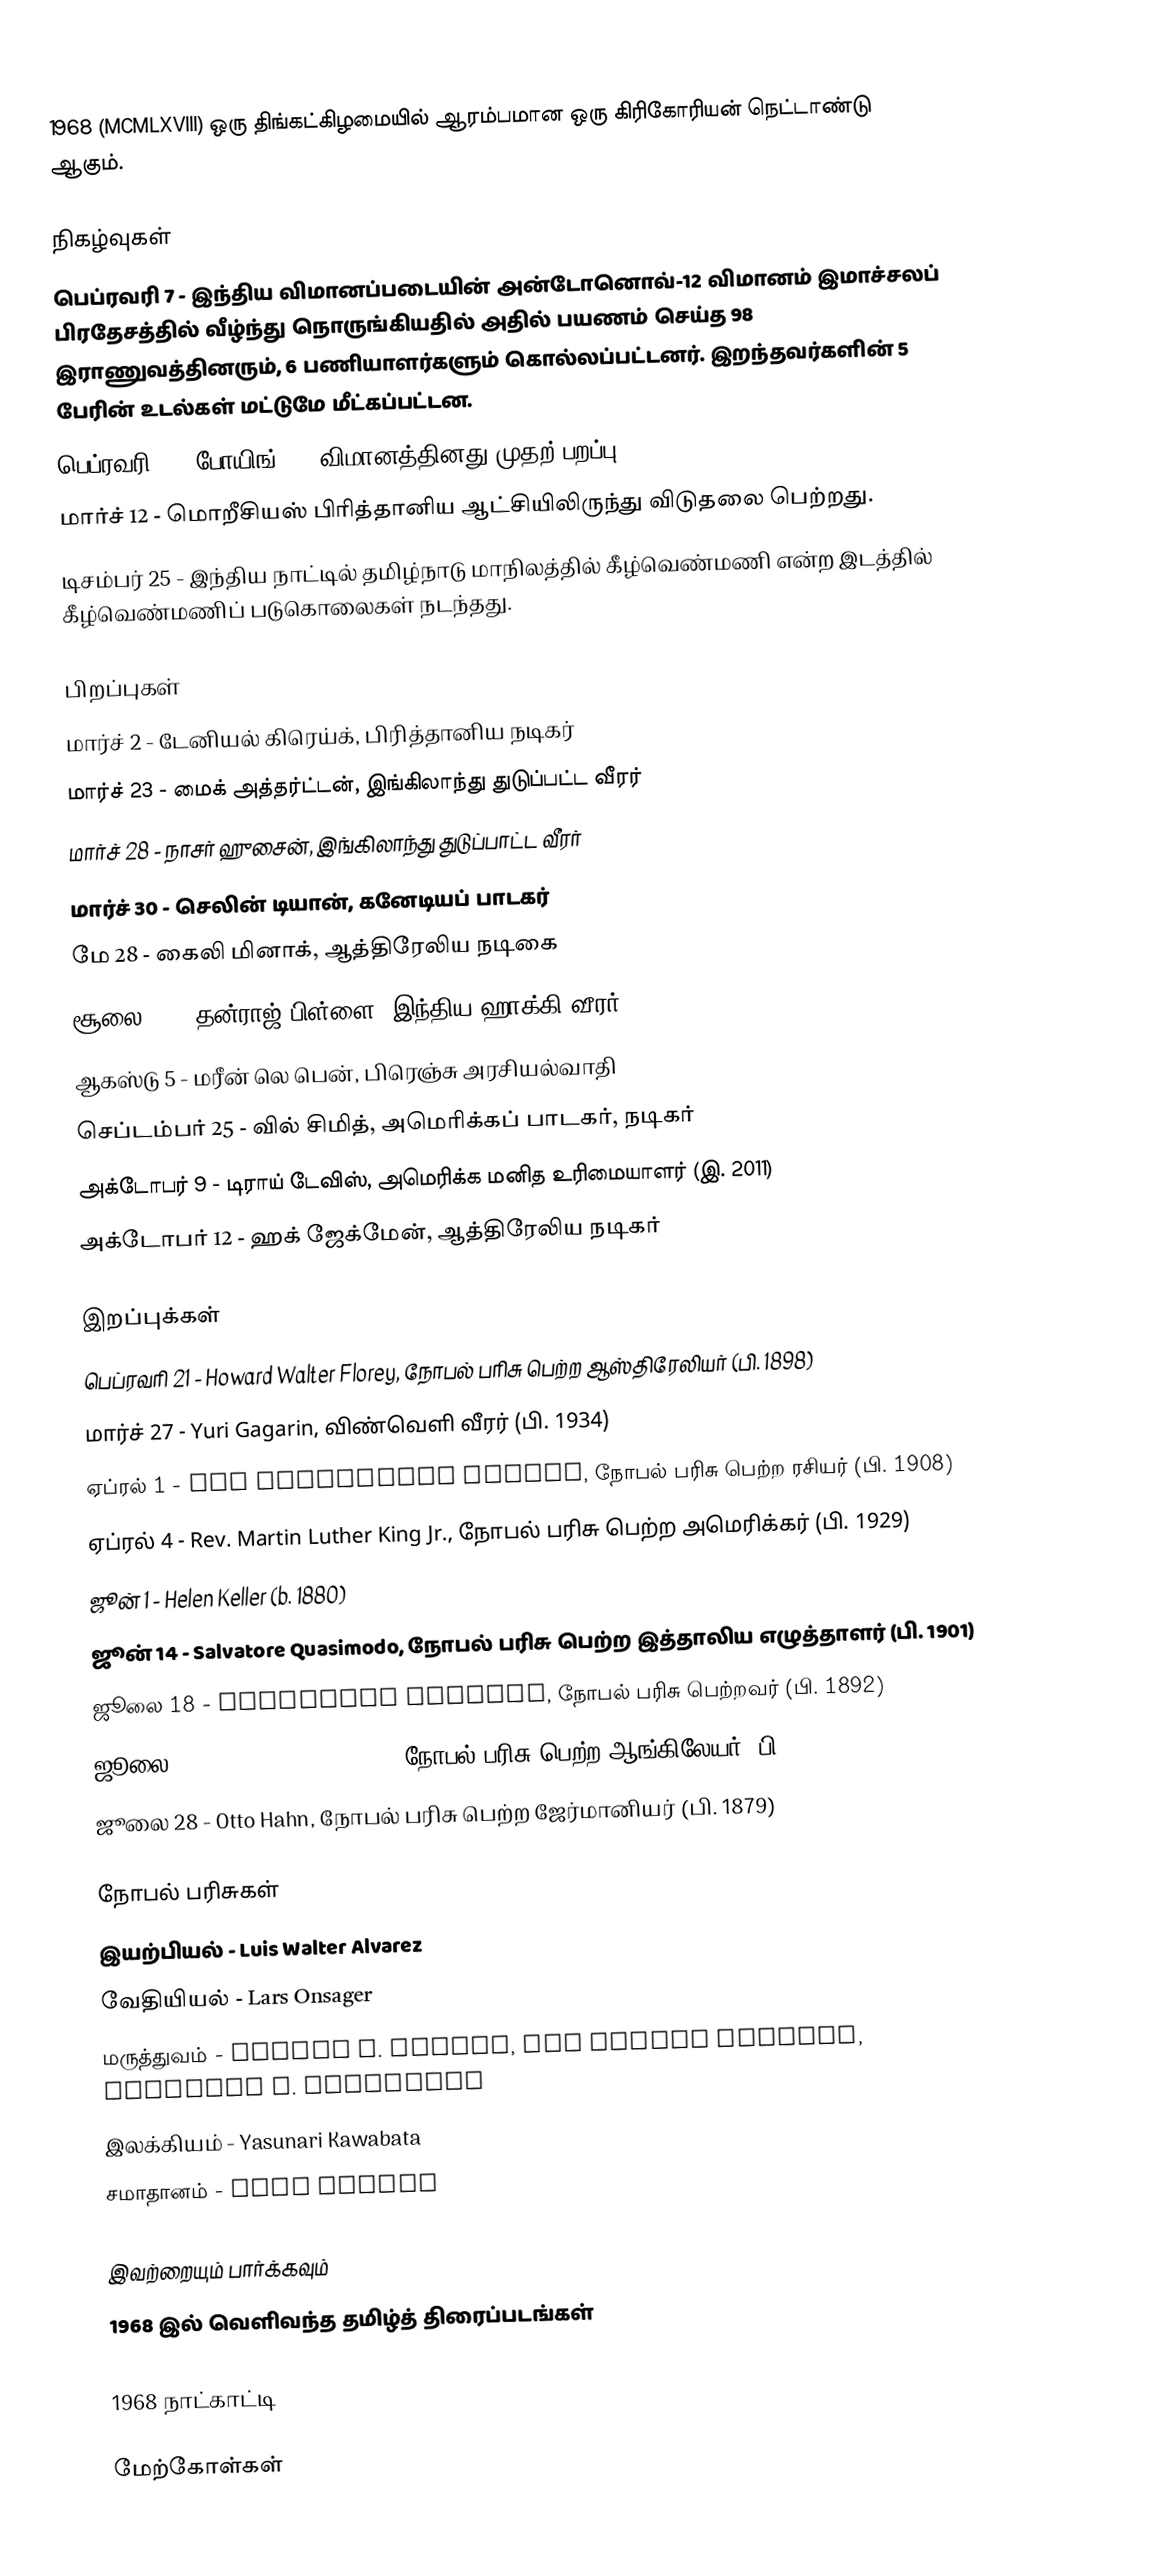
1968  (MCMLXVIII) ஒரு திங்கட்கிழமையில் ஆரம்பமான ஒரு கிரிகோரியன் நெட்டாண்டு ஆகும்.

நிகழ்வுகள்
 பெப்ரவரி 7 - இந்திய விமானப்படையின் அன்டோனொவ்-12 விமானம் இமாச்சலப் பிரதேசத்தில் வீழ்ந்து நொருங்கியதில் அதில் பயணம் செய்த 98 இராணுவத்தினரும், 6 பணியாளர்களும் கொல்லப்பட்டனர். இறந்தவர்களின் 5 பேரின் உடல்கள் மட்டுமே மீட்கப்பட்டன.
 பெப்ரவரி 8 - போயிங் 747 விமானத்தினது முதற் பறப்பு
 மார்ச் 12 - மொறீசியஸ் பிரித்தானிய ஆட்சியிலிருந்து விடுதலை பெற்றது.
 டிசம்பர் 25 - இந்திய நாட்டில் தமிழ்நாடு மாநிலத்தில் கீழ்வெண்மணி என்ற இடத்தில் கீழ்வெண்மணிப் படுகொலைகள் நடந்தது.

பிறப்புகள்
 மார்ச் 2 - டேனியல் கிரெய்க், பிரித்தானிய நடிகர்
 மார்ச் 23 - மைக் அத்தர்ட்டன், இங்கிலாந்து துடுப்பட்ட வீரர்
 மார்ச் 28 - நாசர் ஹுசைன், இங்கிலாந்து துடுப்பாட்ட வீரர்
 மார்ச் 30 - செலின் டியான், கனேடியப் பாடகர்
 மே 28 - கைலி மினாக், ஆத்திரேலிய நடிகை
 சூலை 16 - தன்ராஜ் பிள்ளை, இந்திய ஹாக்கி வீரர்
 ஆகஸ்டு 5 - மரீன் லெ பென், பிரெஞ்சு அரசியல்வாதி
 செப்டம்பர் 25 - வில் சிமித், அமெரிக்கப் பாடகர், நடிகர்
 அக்டோபர் 9 - டிராய் டேவிஸ், அமெரிக்க மனித உரிமையாளர் (இ. 2011)
 அக்டோபர் 12 - ஹக் ஜேக்மேன், ஆத்திரேலிய நடிகர்

இறப்புக்கள்
 பெப்ரவரி 21 - Howard Walter Florey, நோபல் பரிசு பெற்ற ஆஸ்திரேலியர் (பி. 1898)
 மார்ச் 27 - Yuri Gagarin, விண்வெளி வீரர் (பி. 1934)
 ஏப்ரல் 1 - Lev Davidovich Landau, நோபல் பரிசு பெற்ற ரசியர் (பி. 1908)
 ஏப்ரல் 4 - Rev. Martin Luther King Jr., நோபல் பரிசு பெற்ற அமெரிக்கர் (பி. 1929)
 ஜூன் 1 - Helen Keller (b. 1880)
 ஜூன் 14 - Salvatore Quasimodo, நோபல் பரிசு பெற்ற இத்தாலிய எழுத்தாளர் (பி. 1901)
 ஜூலை 18 - Corneille Heymans, நோபல் பரிசு பெற்றவர் (பி. 1892)
 ஜூலை 23 - Henry Hallett Dale, நோபல் பரிசு பெற்ற ஆங்கிலேயர் (பி. 1875)
 ஜூலை 28 - Otto Hahn, நோபல் பரிசு பெற்ற ஜேர்மானியர் (பி. 1879)

நோபல் பரிசுகள்
 இயற்பியல் -  Luis Walter Alvarez
 வேதியியல் - Lars Onsager
 மருத்துவம் - Robert W. Holley, Har Gobind Khorana, Marshall W. Nirenberg
 இலக்கியம் - Yasunari Kawabata
 சமாதானம் - René Cassin

இவற்றையும் பார்க்கவும்
 1968 இல் வெளிவந்த தமிழ்த் திரைப்படங்கள்

1968 நாட்காட்டி

மேற்கோள்கள்